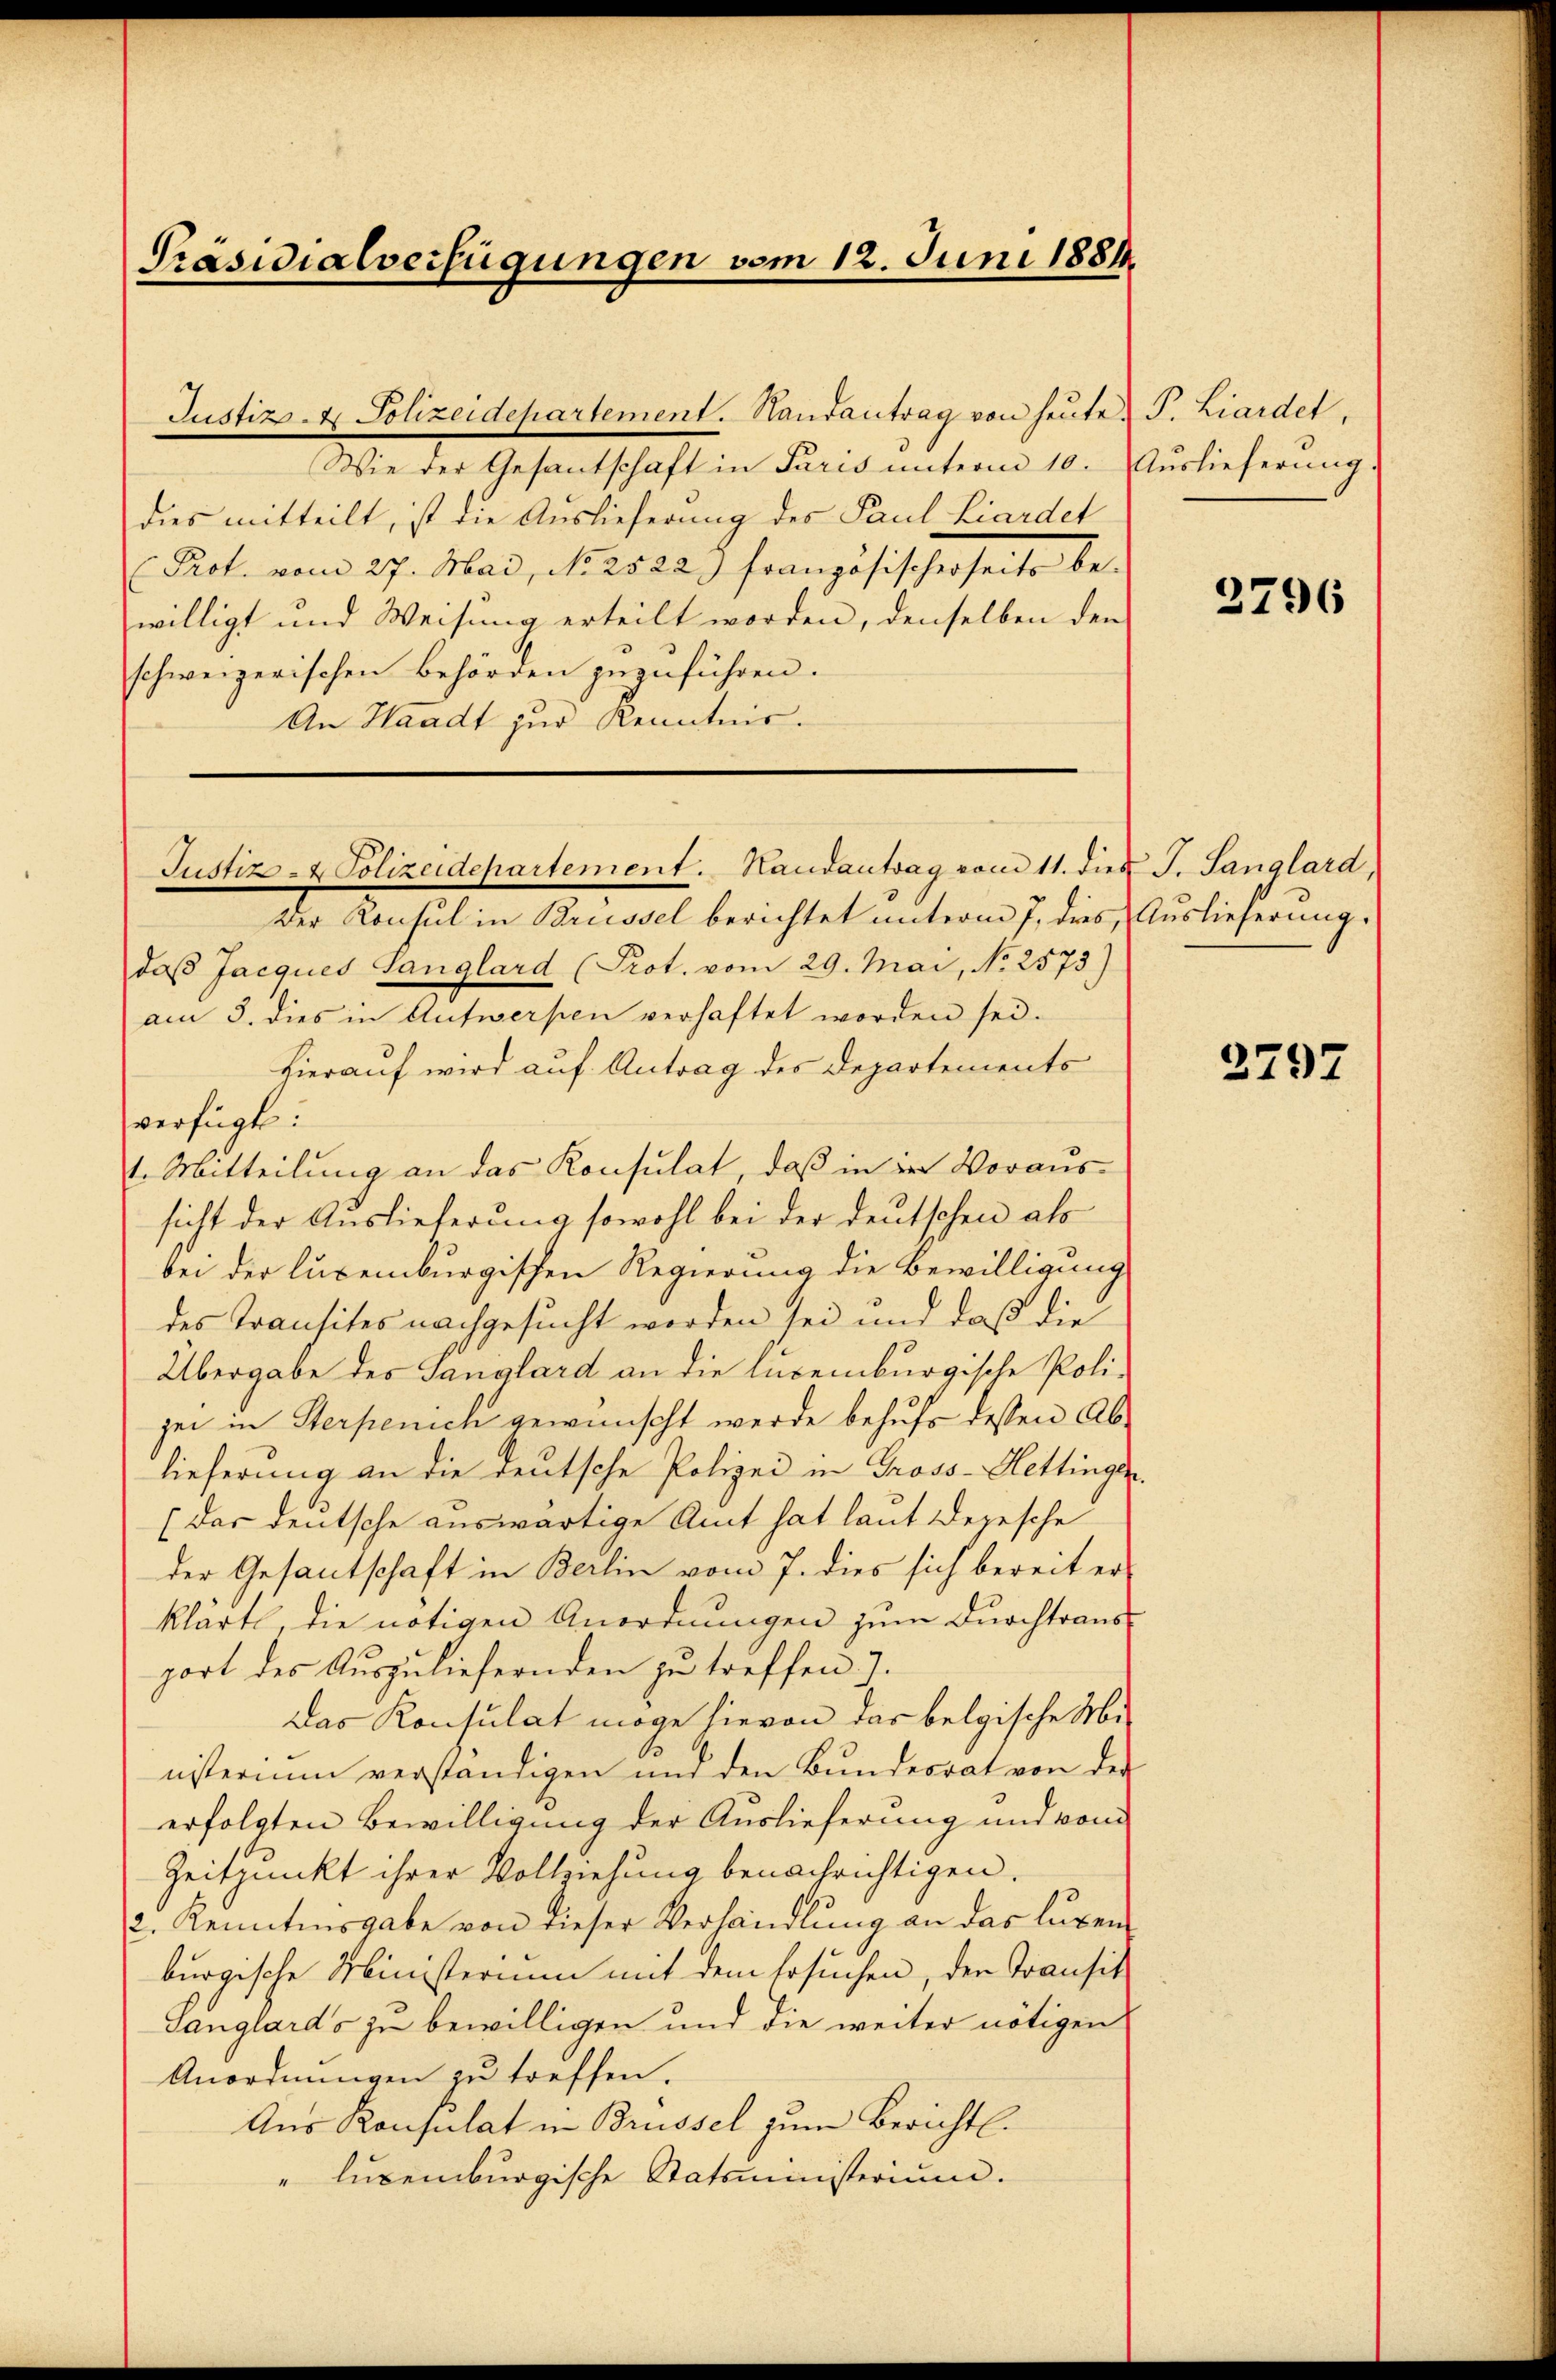
Präsidialverfügungen vom 12. Juni 1881.

Wie der Gesantschaft in Paris ŭnterm 10. Auslieferŭng.
dies mitteilt, ist die Auslieferung des Paul Liardet
Prot. vom 27. Mai, No. 2522 französischerseits be-
willigt und Weisung erteilt worden, denselben den
schweizerischen Behörden zuzuführen.
An Waadt zur Kenntnis.

Justiz- & Polizeidepartement. Handantrag von heŭte F. Liardet,

Der Konsul in Brüssel berichtet unterm 7. dies Auslieferung.
daβ Jacques Sanglard (Prot. vom 29. Mai, No 2573)
am 3. dies in Aufwerfen verhaftet worden sei.
Hierauf wird auf Antrag des Departements
verfügt:
1. Mitteilung an das Konsulat, daß in in Voraus-
sicht der Auslieferung sowohl bei der deutschen als
bei der luxenburgischen Regierung die Bewilligung
des Transites nachgesucht worden sei und daß die
Übergabe des Sanglard an die lucemburgische Poligei in Sterpenich gewünscht werde behufs dessen Ablieferung an die deutsche Polizei in Gross-Hettingen
(das deutsche auswärtige Amt hat laut Depesche
der Gesantschaft in Berlin vom 7. dies sich bereit er
klärte, die nötigen Anordnungen zum Durchtraus
port des Auszuliefernden zu treffen 7.
Das Konsulat möge hievon das belgische Mi-
nisterium verständigen und den Bundesrat von der
erfolgten Bewilligung der Auslieferung und vom
Zeitpunkt ihrer Vollziehung benachrichtigen.
2. Kenntnisgabe von dieser Verhandlung an das lugen
burgische Ministerium mit dem Ersuchen, der Transit
Ganglards zu bewilligen und die weiter nötigen
Anordnungen zu treffen.
Aus Konsulat in Brüssel zum Berichtl.
"luxenburgische Statinisterium.

Justiz- & Polizeidepartement. Handantsag vom 11. dies J. Sanglard,

2796

2797